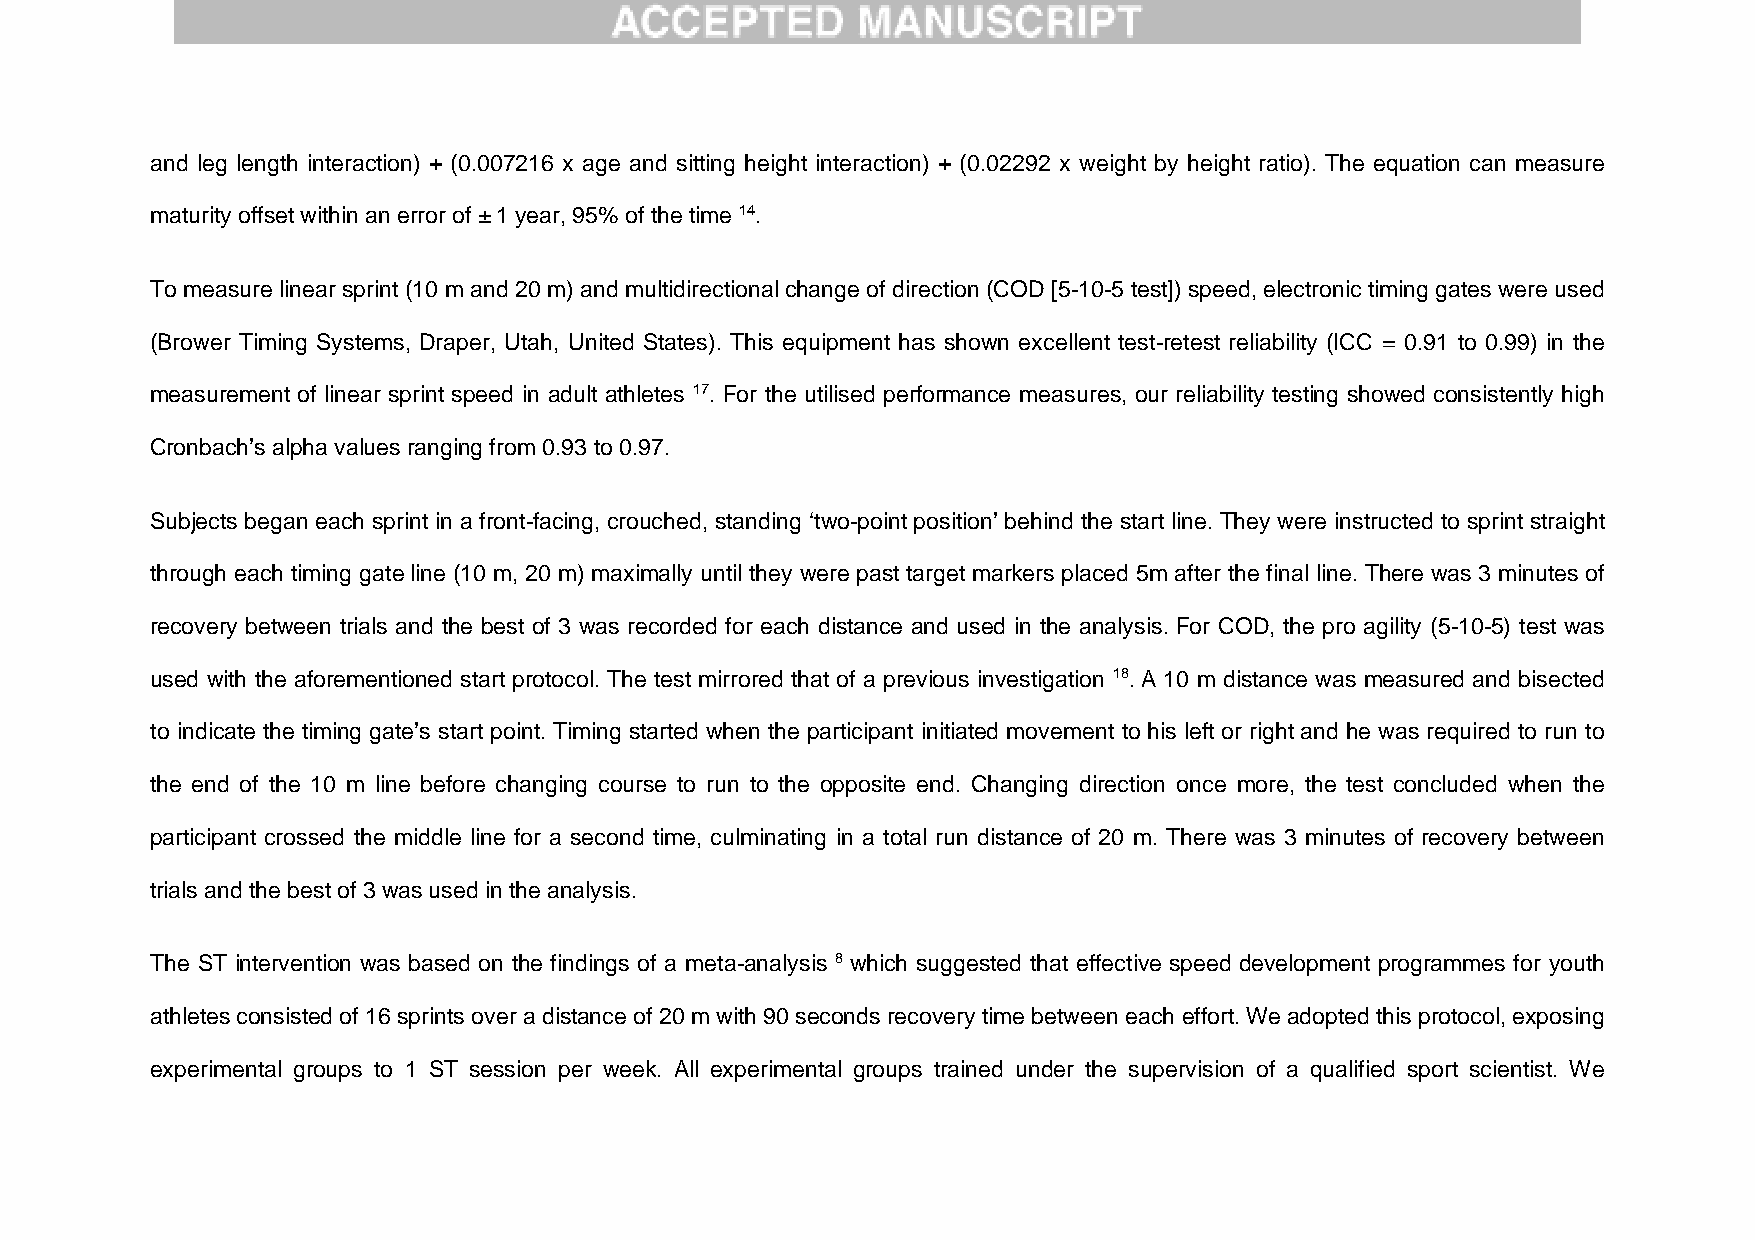
and leg length interaction) + (0.007216 x age and sitting height interaction) + (0.02292 x weight by height ratio). The equation can measure
 maturity offset within an error of ± 1 year, 95% of the time 14.
 To measure linear sprint (10 m and 20 m) and multidirectional change of direction (COD [5-10-5 test]) speed, electronic timing gates were used
 (Brower Timing Systems, Draper, Utah, United States). This equipment has shown excellent test-retest reliability (ICC = 0.91 to 0.99) in the
 measurement of linear sprint speed in adult athletes 17. For the utilised performance measures, our reliability testing showed consistently high
 Cronbach’s alpha values ranging from 0.93 to 0.97.
 Subjects began each sprint in a front-facing, crouched, standing ‘two-point position’ behind the start line. They were instructed to sprint straight
 through each timing gate line (10 m, 20 m) maximally until they were past target markers placed 5m after the final line. There was 3 minutes of
 recovery between trials and the best of 3 was recorded for each distance and used in the analysis. For COD, the pro agility (5-10-5) test was
 used with the aforementioned start protocol. The test mirrored that of a previous investigation 18. A 10 m distance was measured and bisected
 to indicate the timing gate’s start point. Timing started when the participant initiated movement to his left or right and he was required to run to
 the end of the 10 m line before changing course to run to the opposite end. Changing direction once more, the test concluded when the
 participant crossed the middle line for a second time, culminating in a total run distance of 20 m. There was 3 minutes of recovery between
 trials and the best of 3 was used in the analysis.
 The ST intervention was based on the findings of a meta-analysis 8 which suggested that effective speed development programmes for youth
 athletes consisted of 16 sprints over a distance of 20 m with 90 seconds recovery time between each effort. We adopted this protocol, exposing
 experimental groups to 1 ST session per week. All experimental groups trained under the supervision of a qualified sport scientist. We